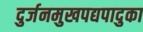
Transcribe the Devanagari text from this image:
दुर्जनमुखपद्यपादुका